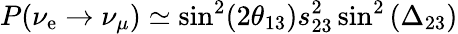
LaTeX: P(\nu_{\mathrm{e}}\to\nu_{\mu})\simeq\sin^{2}(2\theta_{13})s_{23}^{2}\sin^{2}\left(\Delta_{23}\right)